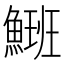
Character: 𩺡